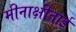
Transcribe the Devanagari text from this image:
मीनाक्षीताई